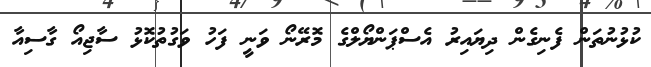
ކުޅުނުތަން ފެނިގެން ދިޔައިރު އެސްޕަންޔޯލްގެ މޮރޭނޯ ވަނީ ފަހު ވަގުތުކޮޅު ސާޖިއޯ ގާސިއާ